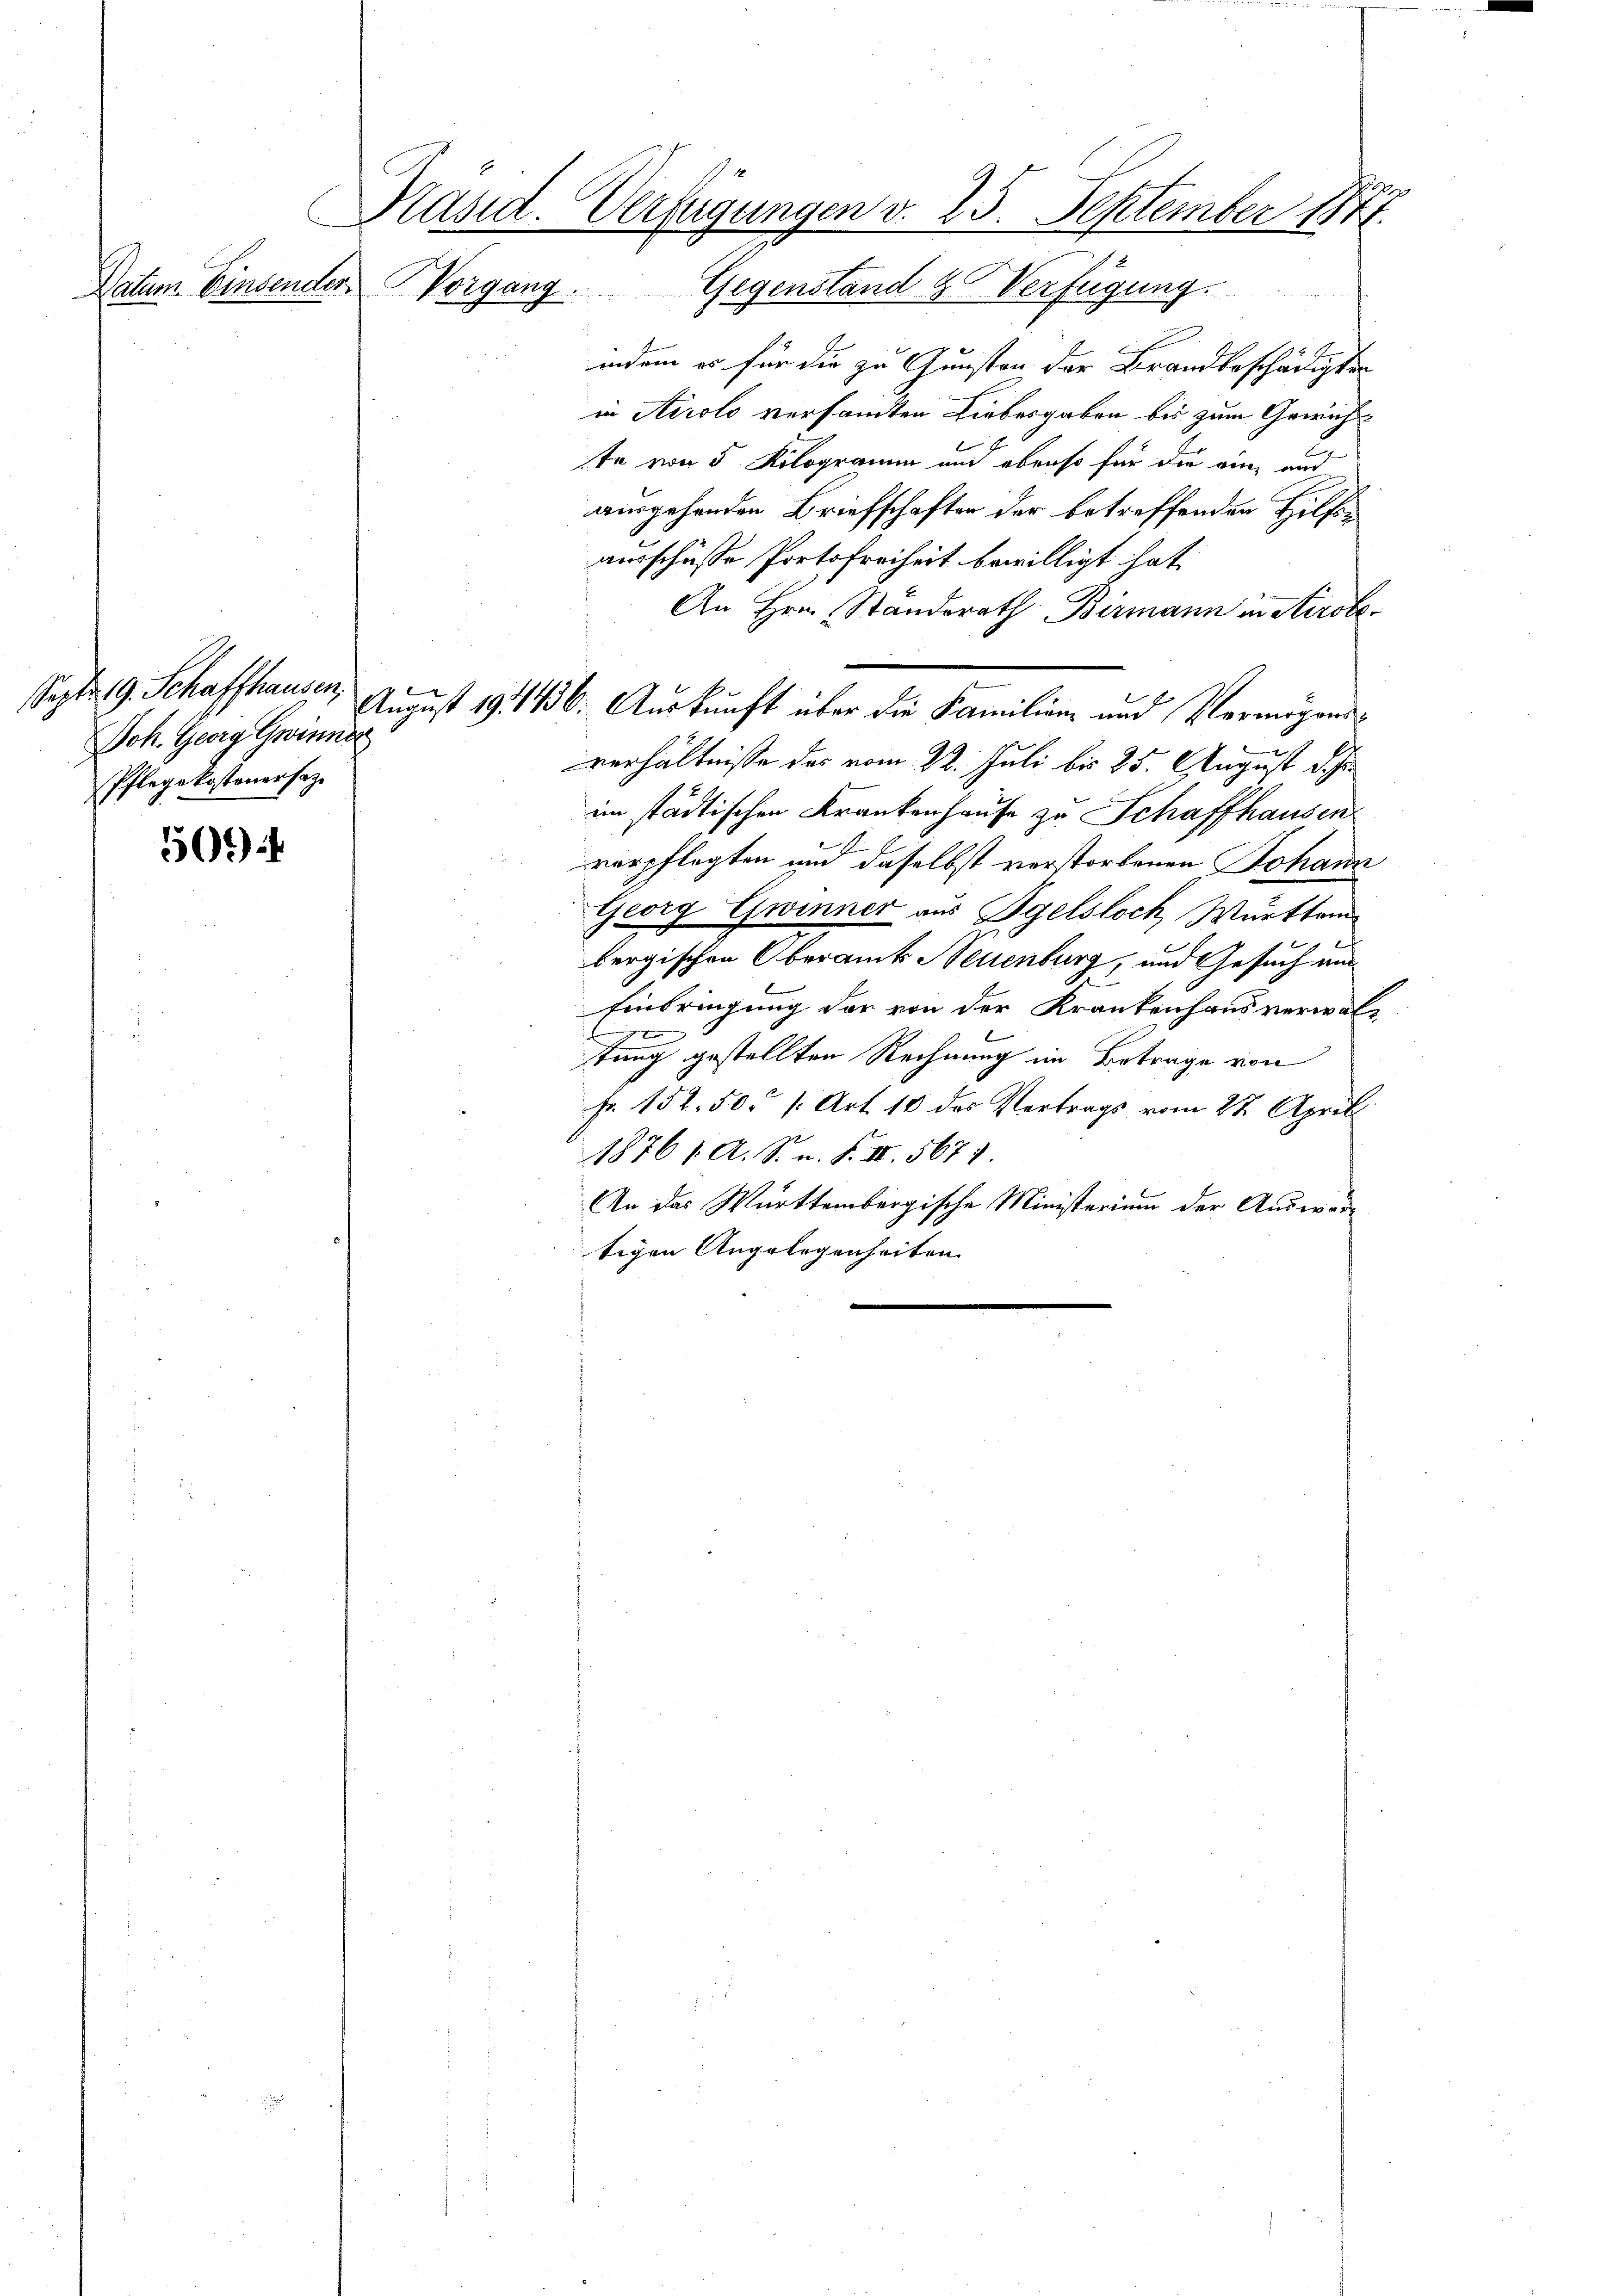
sapt. 9. Schaffhausen,
Joh. Georg Gwinner
Pflegekostenersaz.

5094

Präsid. Verfügungen v. 25. September 1877.

Datum. Einsender Vorgang. Gegenstand & Verfügung.
indem es für die zu Gunsten der Brandbeschädigten
in Airolo versammten Liebesgaben bis zum Gewichte von 5 Kilogramm und ebenso für die eine und
ausgehenden Briefschaften der betreffenden Hilfsausschüsse Portofreiheit bewilligt hat.
An Hrn. Standerath Birmann in Airole¬
August 191446. Auskunft über die Familien und Vermögensverhältnisse des vom 22. Juli bis 25. August d. h
im städtischen Krankenhause zu Schaffhausen
verpflegten und daselbst verstorbenen Johann
Georg Gwinner aus Bgelsloch, Württem
bergischen Oberamts Neuenburg, und Gesuch aus
Einbringung der von der Krankenhausverwal¬
E
tung gestellten Rechnung im Betrage von
Fr. 152. 50. /: Art. 10 des Vertrags vom 27. Aprill
1876 1. A. S. n. F. IV 567
An das Württembergische Ministerium der Ausware
tigen Angelegenheiten